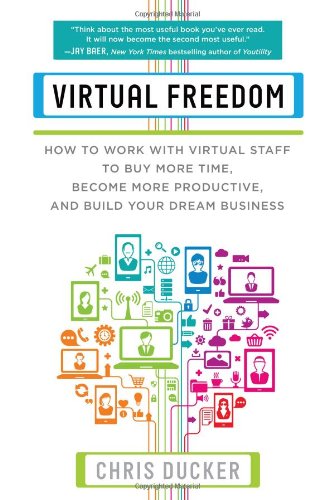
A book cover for Virtual Freedom: How to Work with Virtual Staff to Buy More Time, Become More Productive, and Build Your Dream Business; Chris Ducker; Business & Money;